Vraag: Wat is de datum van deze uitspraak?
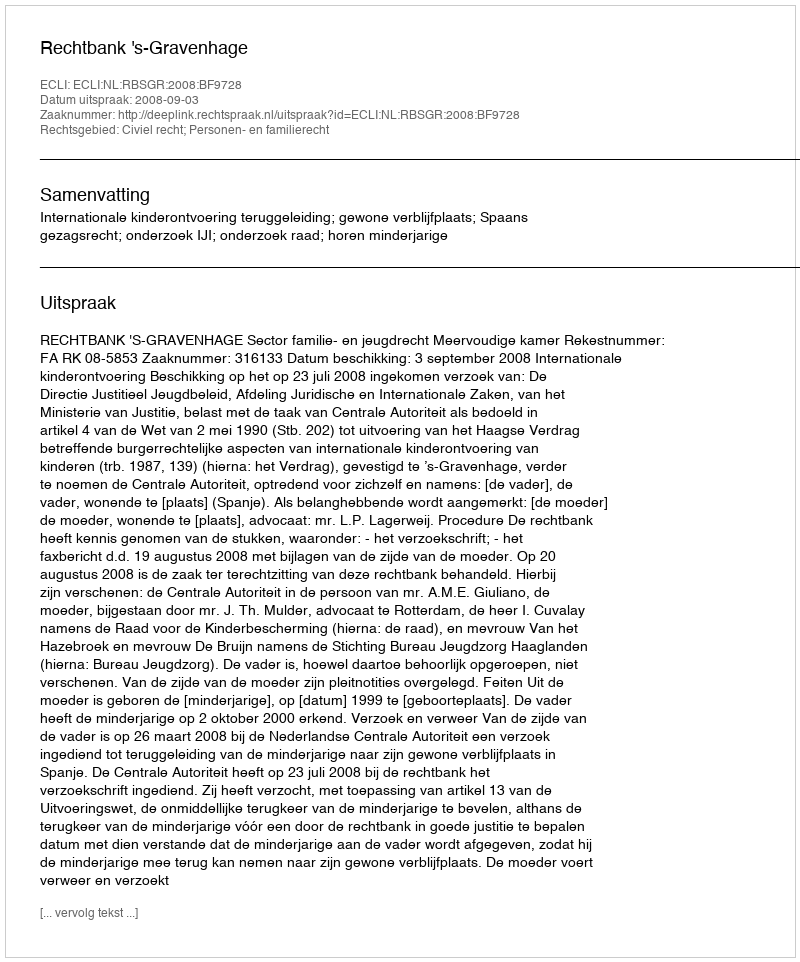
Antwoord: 2008-09-03